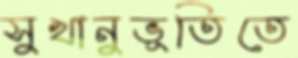
সুখানুভূতিতে